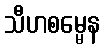
သီဟစမ္မေန